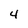
Character: 4